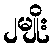
၂မျိုး